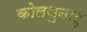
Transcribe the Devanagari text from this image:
कोलथुनादु